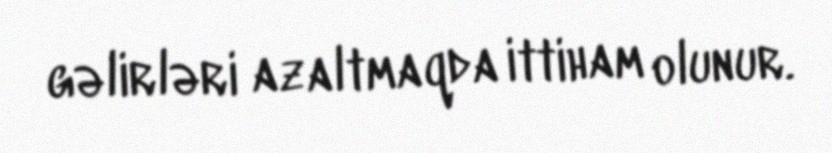
gəlirləri azaltmaqda ittiham olunur.